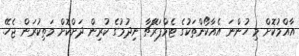
އާއްމުކޮށް މި ހުންނަ އެއާކޯންތަކުގެ ޓެމްޕަރޭޗާ ނިދުމުގެ ކުރިން ދަށްކޮށް މަތިކުރަން ޖެހޭ.